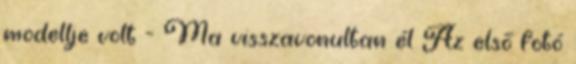
modellje volt - Ma visszavonultan él Az első fotó